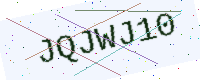
Text: JQJWJ10